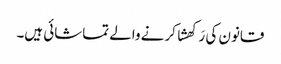
قانون کی رَکھشا کرنے والے تماشائی ہیں۔